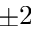
\pm 2